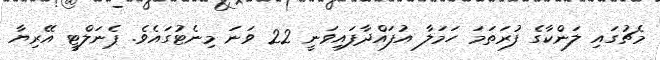
މެޗުގައި ލަންކާގެ ފުރަތަމަ ހަމަލާ އުފައްދާފައިވަނީ 22 ވަނަ މިނެޓުގައެވެ. ޕެނަލްޓީ އޭރިޔާ